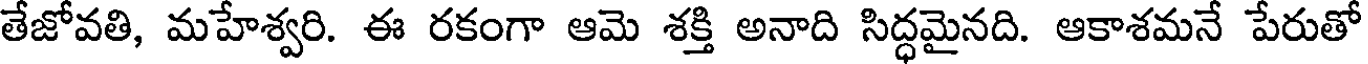
తేజోవతి, మహేశ్వరి. ఈ రకంగా ఆమె శక్తి అనాది సిద్ధమైనది. ఆకాశమనే పేరుతో